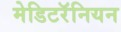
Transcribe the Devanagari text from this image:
मेडिटरॅनियन